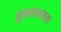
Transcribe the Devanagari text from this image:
कुंकवासारखा